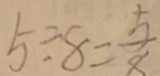
5 \div 8 = \frac { 5 } { 8 }